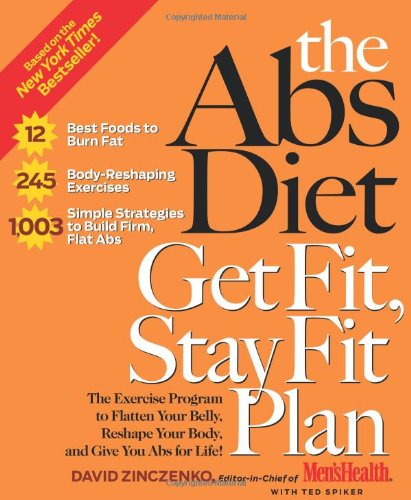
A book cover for The Abs Diet Get Fit, Stay Fit Plan; David Zinczenko; Health, Fitness & Dieting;